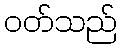
ဝတ်သည်